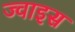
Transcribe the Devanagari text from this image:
ज्वाइस